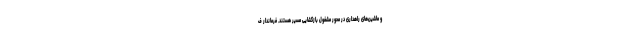
و ماشین‌های راهداری در محور مشغول بازگشایی مسیر هستند. فرماندار ف